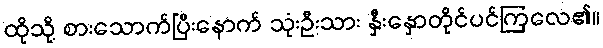
ထိုသို့ စားသောက်ပြီးနောက် သုံးဦးသား နှီးနှောတိုင်ပင်ကြလေ၏။